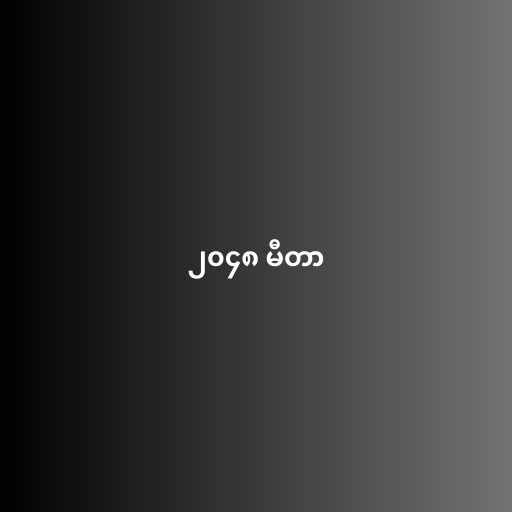
၂၀၄၈ မီတာ